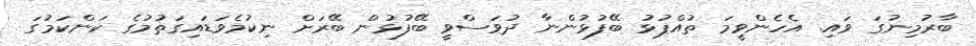
ބާރުމިނުގަ ވައި. އެހެންވީމަ ތުއްޕުޅު ބޭފުޅުންނާ ދުވަސްވީ ބޭފުޅުން ބޭރަށް ނިކުމެވަޑައިގަތުމުގެ ކަންކަމުގަ